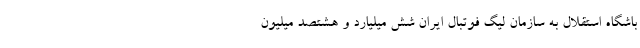
باشگاه استقلال به سازمان لیگ فوتبال ایران شش میلیارد و هشتصد میلیون